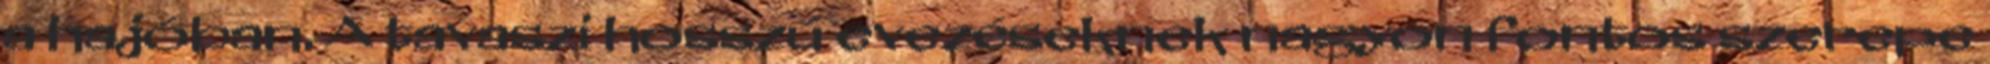
a hajóban. A tavaszi hosszú evezéseknek nagyon fontos szerepe